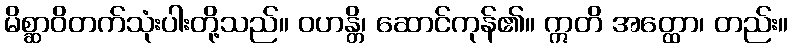
မိစ္ဆာဝိတက်သုံးပါးတို့သည်။ ဝဟန္တိ၊ ဆောင်ကုန်၏။ ဣတိ အတ္ထော၊ တည်း။